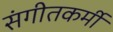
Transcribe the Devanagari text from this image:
संगीतकर्मी